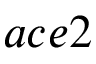
a c e 2